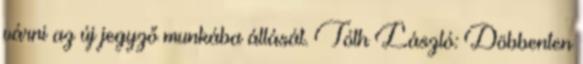
várni az új jegyző munkába állását. Tóth László: Döbbenten